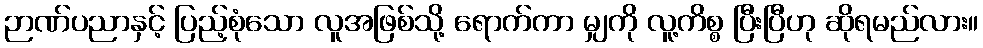
ဉာဏ်ပညာနှင့် ပြည့်စုံသော လူအဖြစ်သို့ ရောက်ကာ မျှကို လူ့ကိစ္စ ပြီးပြီဟု ဆိုရမည်လား။